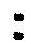
: